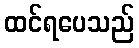
ထင်ရပေသည်